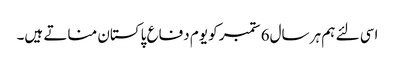
اسی لئے ہم ہر سال6 ستمبر کو یوم دفاع پاکستان مناتے ہیں۔